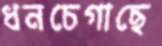
ধনচেগাছে